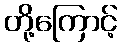
တို့ကြောင့်